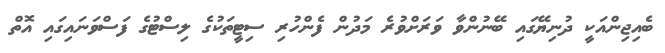
ބެއިޖިންއަކީ ދުނިޔޭގައި ބޭނުންވާ ވަރަށްވުރެ މަދުން ފެންހުރި ސިޓީތަކުގެ ލިސްޓުގެ ފަސްވަނައިގައި އޮތް